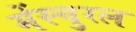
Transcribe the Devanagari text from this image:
मेंस्चुरल